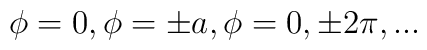
\phi= 0 ,\phi = \pm a, \phi = 0,\pm 2\pi ,...